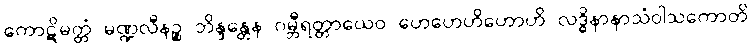
ကောဋိမတ္တံ မဏ္ဍလီနဉ္စ ဘိန္ဒန္တေန ဂမ္ဘီရတ္တာယေဝ ဟေဟေဟိဟောဟိ လဒ္ဓိနာနာသံဝါသကောတိ